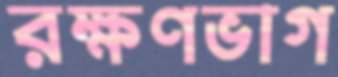
রক্ষণভাগ